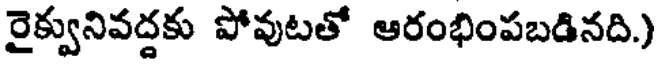
రైక్వునివద్దకు పోవుటతో ఆరంభింపబడినది.)